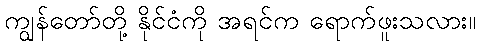
ကျွန်တော်တို့ နိုင်ငံကို အရင်က ရောက်ဖူးသလား။